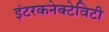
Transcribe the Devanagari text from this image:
इंटरकनेक्टेविटी